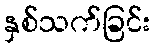
နှစ်သက်ခြင်း